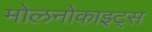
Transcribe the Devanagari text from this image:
मोलनोकाइट्स